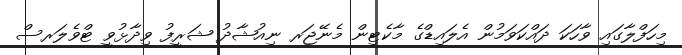
މިހަފްލާގައި ވާހަކަ ދައްކަވަމުން އެލައިޑްގެ މާކެޓިން މެނޭޖަރ ނިއުޝާދު ޝަރީފު ވިދާޅުވީ ޓްވެލަރސް